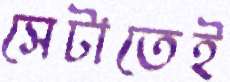
সেটাতেই